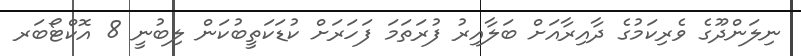
ނިލަންދޫގެ ވެރިކަމުގެ ދާއިރާއަށް ބަލާއިރު ފުރަތަމަ ފަހަރަށް ކުޑަކަތީބުކަން ލިބުނީ 8 އޮކްޓޯބަރ